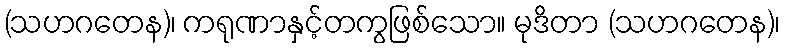
(သဟဂတေန)၊ ကရုဏာနှင့်တကွဖြစ်သော။ မုဒိတာ (သဟဂတေန)၊